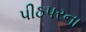
પીઠપરના